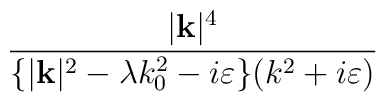
\frac{|\mathbf{k}|^{4}}{\{|\mathbf{k}|^{2}-\lambda k_{0}^{2}-i\varepsilon \}(k^{2}+i\varepsilon )}